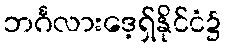
ဘင်္ဂလားဒေ့ရှ်နိုင်ငံ၌